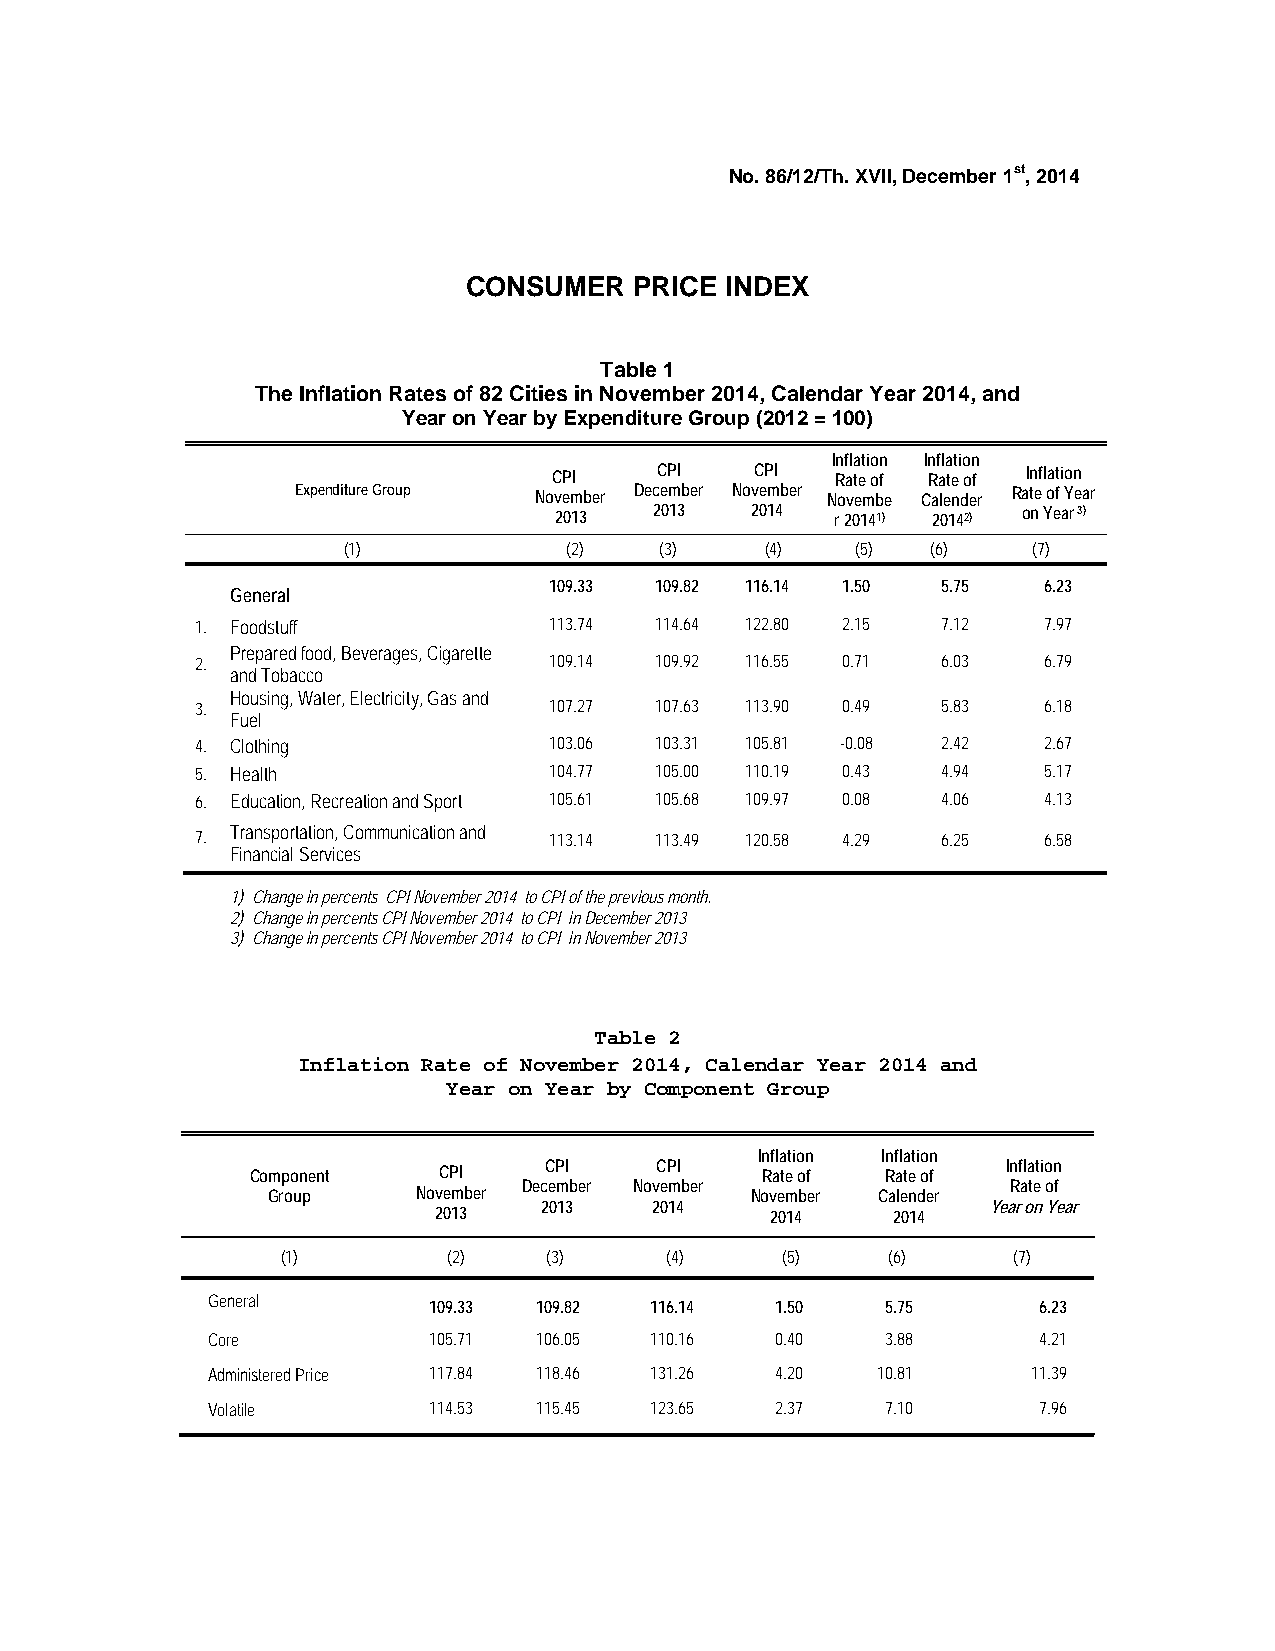
No. 86/12/Th. XVII, December 1st, 2014
 CONSUMER   PRICE INDEX
 Table 1
 The Inflation Rates of 82 Cities in November 2014, Calendar Year 2014, and
 Year on Year by Expenditure Group (2012 = 100)
 Inflation Inflation
 CPI    CPI   CPI  Rate of Rate of Inflation
 Expenditure Group November December November Novembe Calender Rate of Year
 2013  2013   2014 r 20141) 20142) on Year 3)
 (1)            (2)   (3)    (4)   (5)  (6)   (7)
 General
 109.33 109.82 116.14 1.50 5.75   6.23
 1. Foodstuff           113.74 114.64 122.80 2.15 7.12   7.97
 Prepared food, Beverages, Cigarette
 2.                     109.14 109.92 116.55 0.71 6.03   6.79
 and Tobacco
 Housing, Water, Electricity, Gas and
 3.                     107.27 107.63 113.90 0.49 5.83   6.18
 Fuel
 4. Clothing            103.06 103.31 105.81 -0.08 2.42  2.67
 5. Health              104.77 105.00 110.19 0.43 4.94   5.17
 6. Education, Recreation and Sport 105.61 105.68 109.97 0.08 4.06 4.13
 Transportation, Communication and
 7.                     113.14 113.49 120.58 4.29 6.25   6.58
 Financial Services
 1) Change in percents CPI November 2014 to CPI of the previous month.
 2) Change in percents CPI November 2014 to CPI in December 2013
 3) Change in percents CPI November 2014 to CPI in November 2013
 Table 2
 Inflation Rate of November 2014, Calendar Year 2014 and
 Year on Year by Component Group
 Inflation Inflation
 CPI    CPI                     Inflation
 Component   CPI                  Rate of  Rate of
 December November               Rate of
 Group     November              November Calender
 2013   2014                   Year on Year
 2013                  2014    2014
 (1)        (2)   (3)     (4)     (5)    (6)     (7)
 General       109.33 109.82  116.14  1.50    5.75      6.23
 Core          105.71 106.05  110.16  0.40    3.88      4.21
 Administered Price 117.84 118.46 131.26 4.20 10.81    11.39
 Volatile      114.53 115.45  123.65  2.37    7.10      7.96